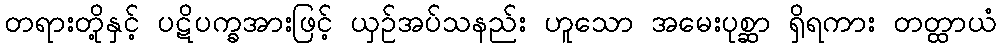
တရားတို့နှင့် ပဋိပက္ခအားဖြင့် ယှဉ်အပ်သနည်း ဟူသော အမေးပုစ္ဆာ ရှိရကား တတ္ထာယံ